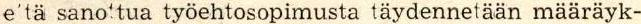
e'tä sanottua työehtosopimusta täydennetään määräyk-